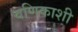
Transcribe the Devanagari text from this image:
वणिकाशी